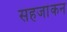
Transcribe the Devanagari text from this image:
सहजांकन